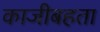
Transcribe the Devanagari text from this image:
काजीबहता